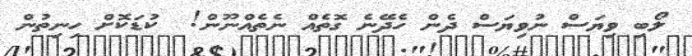
ލޯބި ވިޔަސް ނުވިޔަސް ދެން ހެދޭނެ ގޮތެއް ނެތެއްނޫން!  ކުޑަކޮށް ހިނިތުން